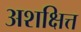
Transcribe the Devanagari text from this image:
अशक्षित्त